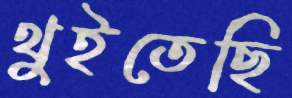
থুইতেছি